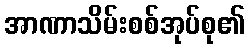
အာဏာသိမ်းစစ်အုပ်စု၏